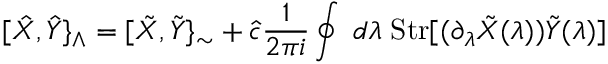
[ \hat { X } , \hat { Y } \} _ { \wedge } = [ \tilde { X } , \tilde { Y } \} _ { \sim } + \hat { c } \frac { 1 } { 2 \pi i } \oint \; d \lambda \; \mathrm { S t r } [ ( \partial _ { \lambda } \tilde { X } ( \lambda ) ) \tilde { Y } ( \lambda ) ]